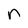
Character: n